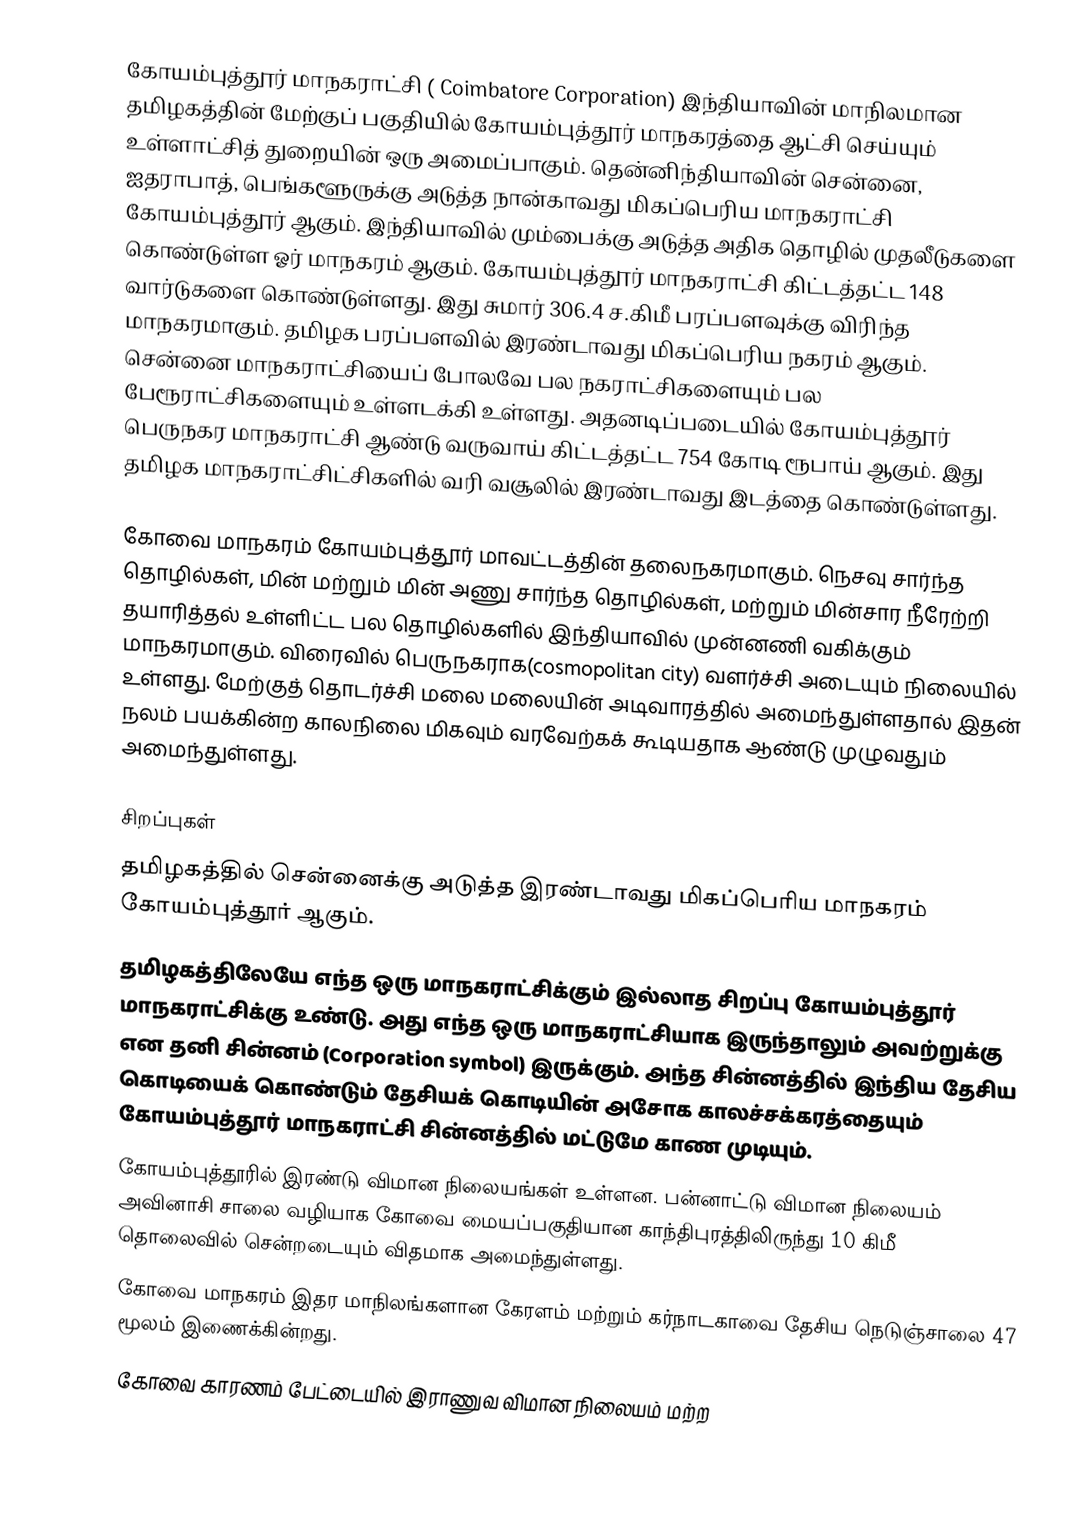
கோயம்புத்தூர்  மாநகராட்சி ( Coimbatore Corporation) இந்தியாவின் மாநிலமான தமிழகத்தின் மேற்குப் பகுதியில் கோயம்புத்தூர் மாநகரத்தை ஆட்சி செய்யும் உள்ளாட்சித் துறையின் ஒரு அமைப்பாகும். தென்னிந்தியாவின் சென்னை, ஐதராபாத், பெங்களூருக்கு அடுத்த நான்காவது மிகப்பெரிய மாநகராட்சி கோயம்புத்தூர் ஆகும். இந்தியாவில் மும்பைக்கு அடுத்த அதிக தொழில் முதலீடுகளை கொண்டுள்ள ஓர் மாநகரம் ஆகும். கோயம்புத்தூர் மாநகராட்சி கிட்டத்தட்ட 148 வார்டுகளை கொண்டுள்ளது. இது சுமார் 306.4 ச.கிமீ பரப்பளவுக்கு விரிந்த மாநகரமாகும். தமிழக பரப்பளவில் இரண்டாவது மிகப்பெரிய நகரம் ஆகும். சென்னை மாநகராட்சியைப் போலவே பல நகராட்சிகளையும் பல பேரூராட்சிகளையும் உள்ளடக்கி உள்ளது. அதனடிப்படையில் கோயம்புத்தூர் பெருநகர மாநகராட்சி ஆண்டு வருவாய் கிட்டத்தட்ட 754 கோடி ரூபாய் ஆகும். இது தமிழக மாநகராட்சிட்சிகளில் வரி வசூலில் இரண்டாவது இடத்தை கொண்டுள்ளது.

கோவை மாநகரம் கோயம்புத்தூர் மாவட்டத்தின் தலைநகரமாகும். நெசவு சார்ந்த தொழில்கள், மின் மற்றும் மின் அணு சார்ந்த தொழில்கள், மற்றும் மின்சார நீரேற்றி தயாரித்தல் உள்ளிட்ட பல தொழில்களில் இந்தியாவில்   முன்னணி வகிக்கும் மாநகரமாகும். விரைவில் பெருநகராக(cosmopolitan city) வளர்ச்சி அடையும் நிலையில் உள்ளது. மேற்குத் தொடர்ச்சி மலை மலையின் அடிவாரத்தில் அமைந்துள்ளதால் இதன் நலம் பயக்கின்ற காலநிலை மிகவும் வரவேற்கக் கூடியதாக ஆண்டு முழுவதும் அமைந்துள்ளது.

சிறப்புகள்
 தமிழகத்தில் சென்னைக்கு அடுத்த இரண்டாவது மிகப்பெரிய மாநகரம் கோயம்புத்தூர் ஆகும்.
 தமிழகத்திலேயே எந்த ஒரு மாநகராட்சிக்கும் இல்லாத சிறப்பு கோயம்புத்தூர் மாநகராட்சிக்கு உண்டு. அது எந்த ஒரு மாநகராட்சியாக இருந்தாலும் அவற்றுக்கு என தனி சின்னம் (Corporation symbol) இருக்கும். அந்த சின்னத்தில் இந்திய தேசிய கொடியைக் கொண்டும் தேசியக் கொடியின் அசோக காலச்சக்கரத்தையும் கோயம்புத்தூர் மாநகராட்சி சின்னத்தில் மட்டுமே காண முடியும்.
கோயம்புத்தூரில் இரண்டு விமான நிலையங்கள் உள்ளன.  பன்னாட்டு விமான நிலையம் அவினாசி சாலை வழியாக கோவை மையப்பகுதியான காந்திபுரத்திலிருந்து 10 கிமீ தொலைவில் சென்றடையும் விதமாக அமைந்துள்ளது.
கோவை மாநகரம் இதர மாநிலங்களான கேரளம் மற்றும் கர்நாடகாவை தேசிய நெடுஞ்சாலை  47  மூலம் இணைக்கின்றது.
கோவை காரணம் பேட்டையில் இராணுவ விமான நிலையம் மற்ற